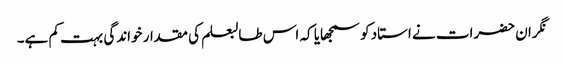
نگران حضرات نے استاد کو سمجھایا کہ اس طالبعلم کی مقدار خواندگی بہت کم ہے۔